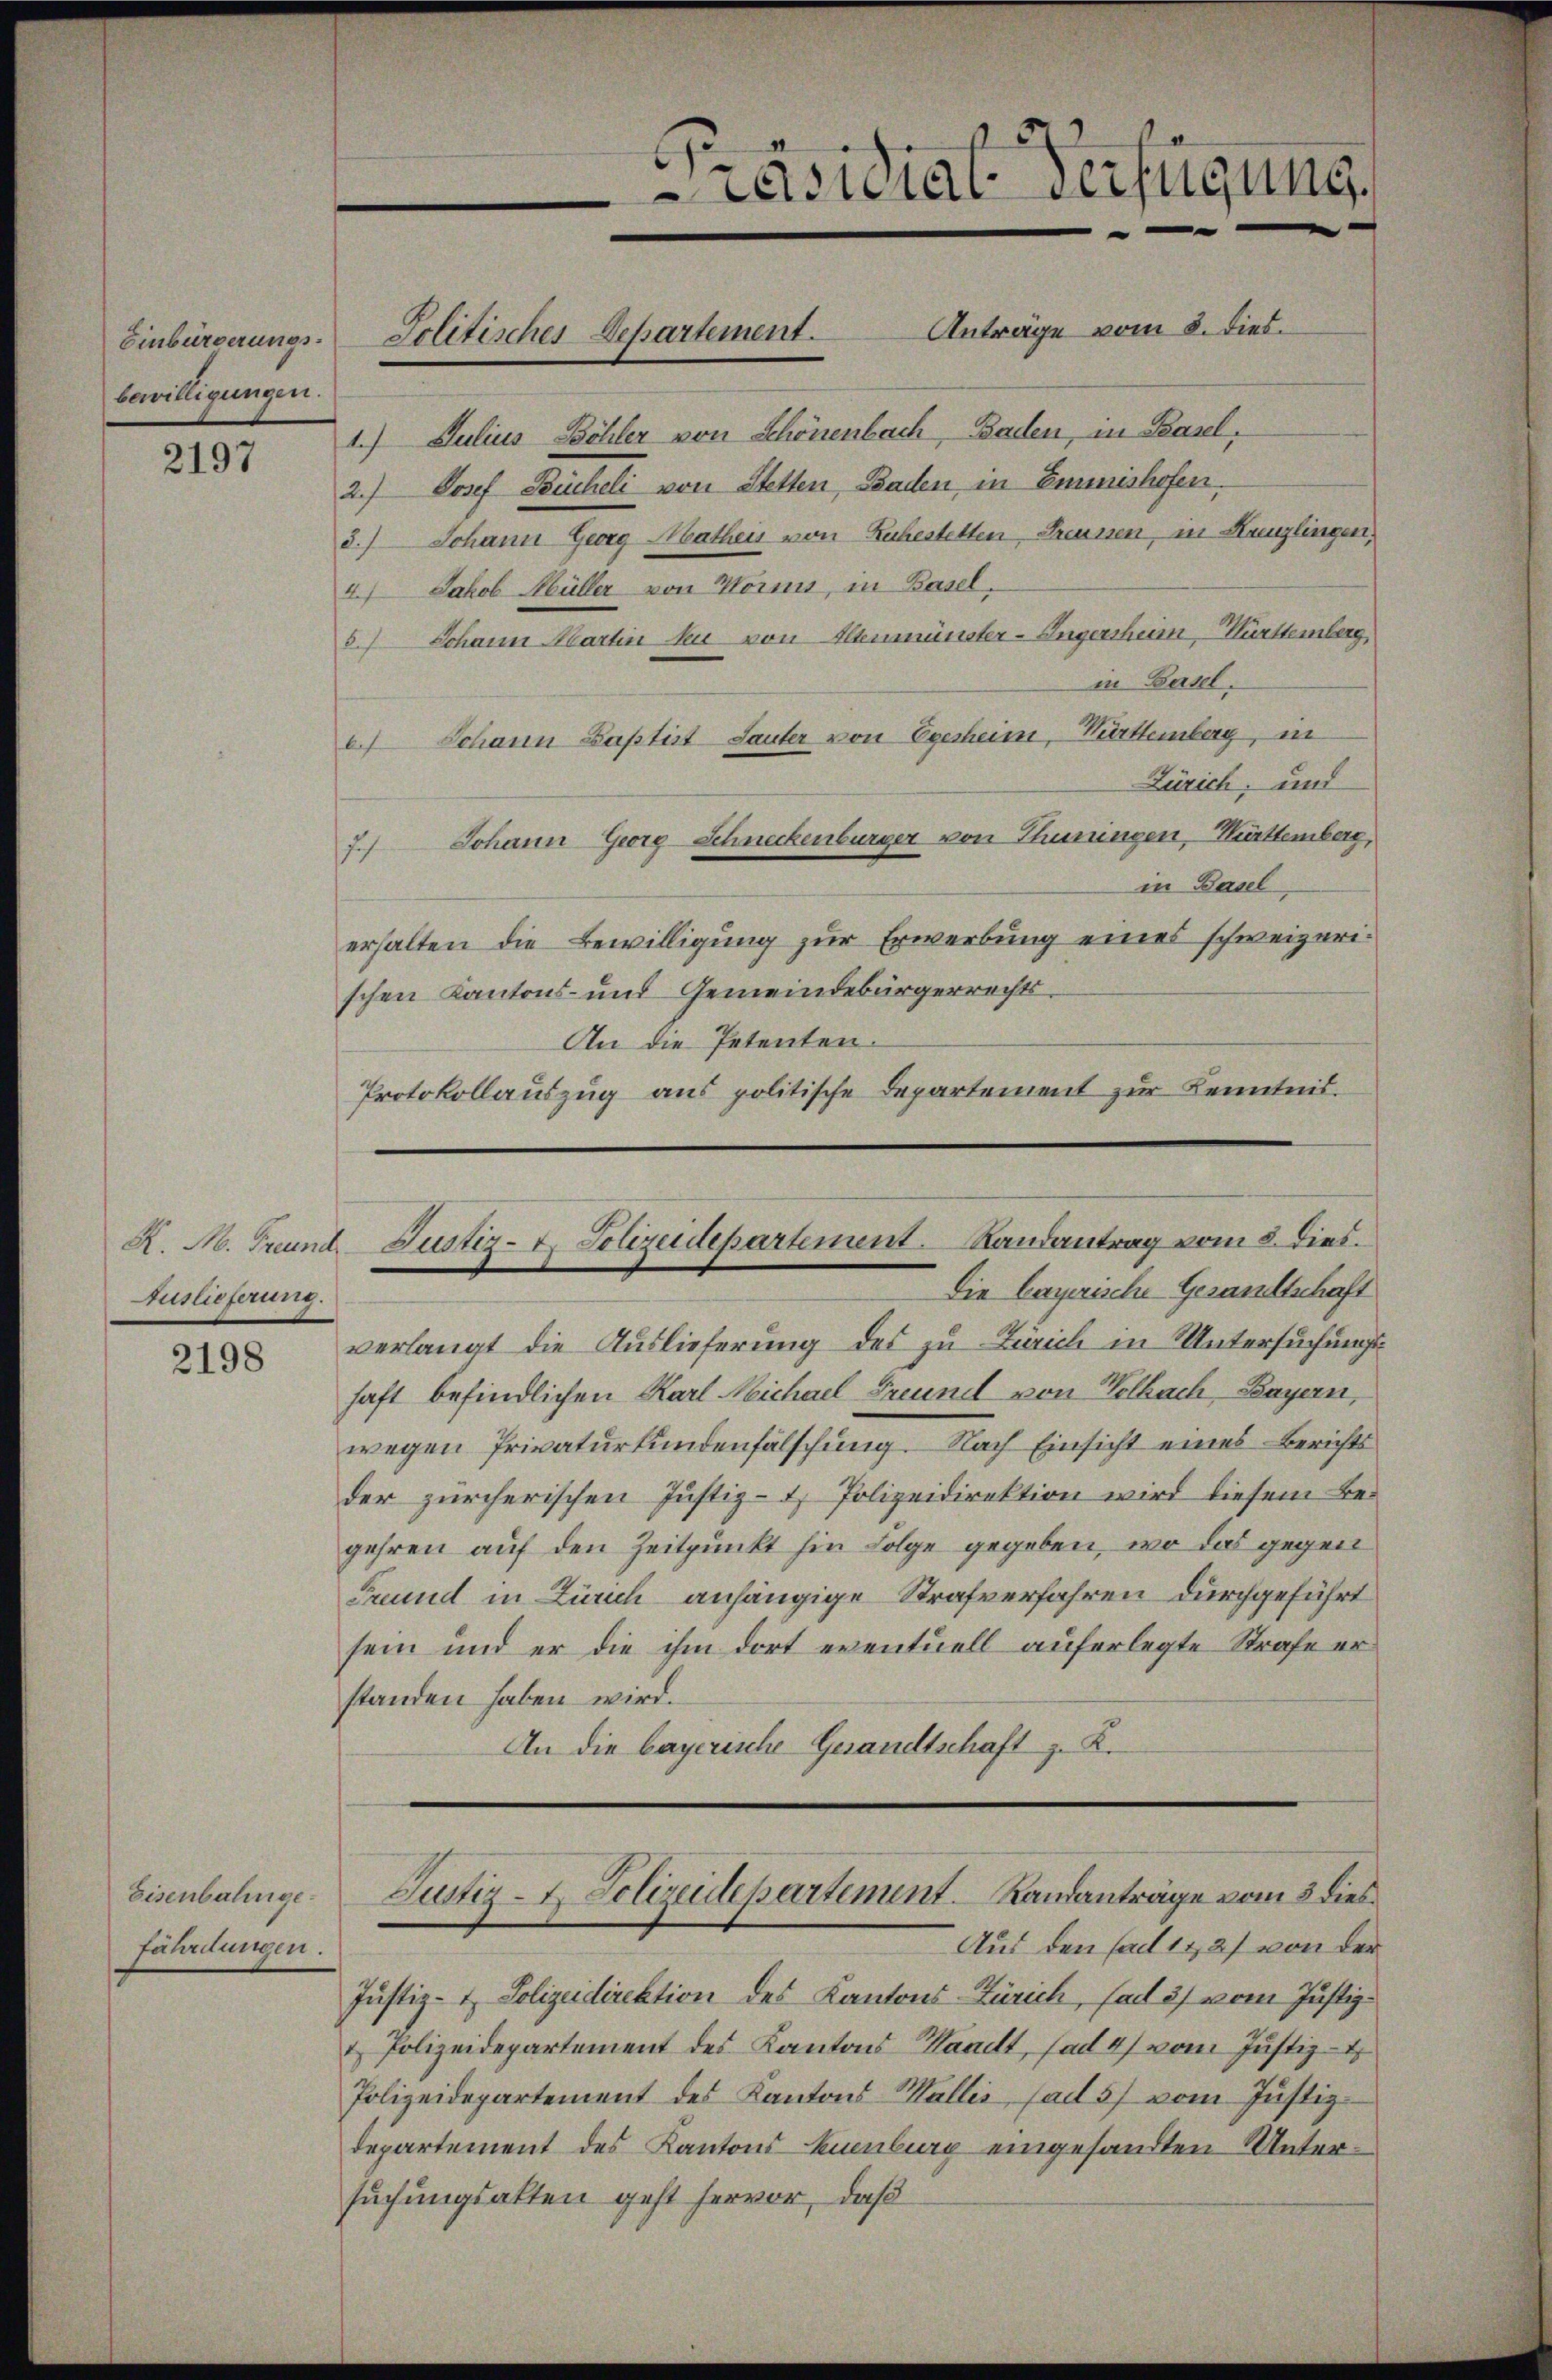
Einbürgerungsbewilligungen.

2197

Auslieferung.

2198

Eisenbahngefährdungen.

Präsidial-Verfügung.
|
Jolitisches Departement. Anträge vom 8. dies.

1. Julius Böhler von Schönenbach, Baden, in Basel,
2.) Josef Brucheli von Stetten, Baden in Emmnishofen.
5.) Johann Georg Matheis von Ruhestetten, Preussen, in Kanzlingen,
4.) Jakob Müller von Vormit, in Basel,
5.) Johann Martin zu von Aeumünster-Ingersheim Württemberg,
in Basel.
6.) Johann Baptist Lauter von Egesheim, Württemberg, in
Zürich, und
7.) Johann Georg-Schneckenburger von Thuningen, Württemberg,
in Basel,
erhalten die Bewilligung zur Erwerbung eines schweizerischen Kantons- und Gemeindebürgerrechts¬
An die Petenten.
Protokollauszug aus politische Departement zur Kenntnis

Die bayerische Gesamtschaft
verlangt die Auslieferung des zu Zürich in Untersuchungshaft befindlichen Karl Michael Freund von Velkach, Bayern,
wegen Privaturkundenfälschung. Nach Einsicht eines Berichts
der zürcherischen Justiz- & Polizeidirektion wird diesem Begehren auf den Zeitpunkt hin Folge gegeben, wo das gegen
Grund in Zürich anhängige Strafverfahren durchgeführt
sein und er die ihm dort eventuell auferlegte Strafe er
standen haben wird.
An die bayerische Gesandtschaft z. K.

K. M. Freund. Justiz- & Polizeidepartement. Randantrag vom 8. Dies

Justiz- & Polizeidirektion des Kantons-Zürich, fad 37 vom Justiz¬
& Polizeidepartement des Kantons Waadt, ad 47 vom Justiz-
Polizeidepartement des Kantons Wallis, sal 5) vom Justiz-
departement des Kantons kuenburg eingesandten Untersuchungsalten geht hervor, daß

Justiz- & Polizeidepartement. Landanträge vom 3 dies
Aus den hat 1727 von der